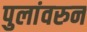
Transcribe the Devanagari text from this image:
पुलांवरुन